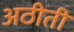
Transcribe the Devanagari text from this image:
अठीती